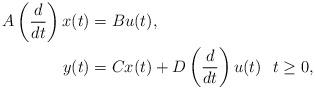
LaTeX: \begin{align*}\begin{aligned}A\left(\frac{d}{dt}\right) x(t) &= B u(t), \\y(t) &= C x(t) + D\left(\frac{d}{dt}\right) u(t) \,\,\,\, t\geq 0,\end{aligned} \end{align*}